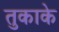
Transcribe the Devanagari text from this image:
तुकाके